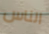
الناس